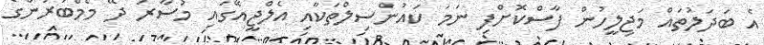
އެ ބަދަލުތައް މަޖިލީހުން ފާސްކޮށްފި ނަމަ ކައުންސިލްތަކާއި އެލްޖީއޭގައި މުސާރަ ދޭ މެމްބަރުންގެ